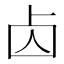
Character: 𠧚